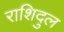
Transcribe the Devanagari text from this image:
राशिदुल